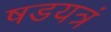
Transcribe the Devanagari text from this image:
षडयत्रं